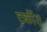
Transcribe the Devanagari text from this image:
टर्कीश